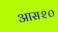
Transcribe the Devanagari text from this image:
आस२०